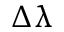
\Delta \uplambda